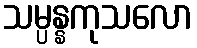
သမ္ပန္နကုသလော